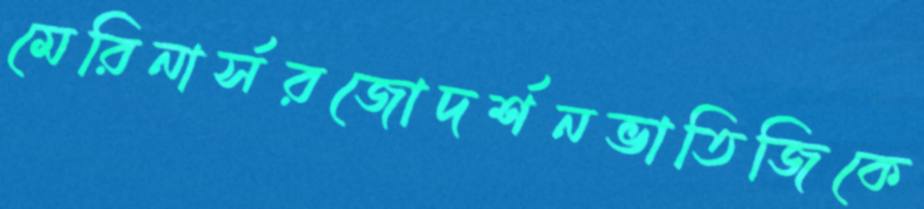
মেরিনার্সরজোদর্শনভাতিজিকে